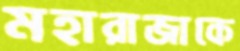
মহারাজাকে